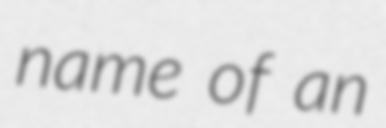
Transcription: name of an